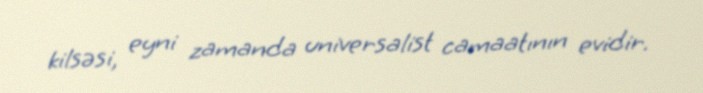
kilsəsi, eyni zamanda universalist camaatının evidir.